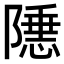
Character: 𬯝